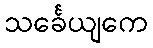
သင်္ခေယျကေ